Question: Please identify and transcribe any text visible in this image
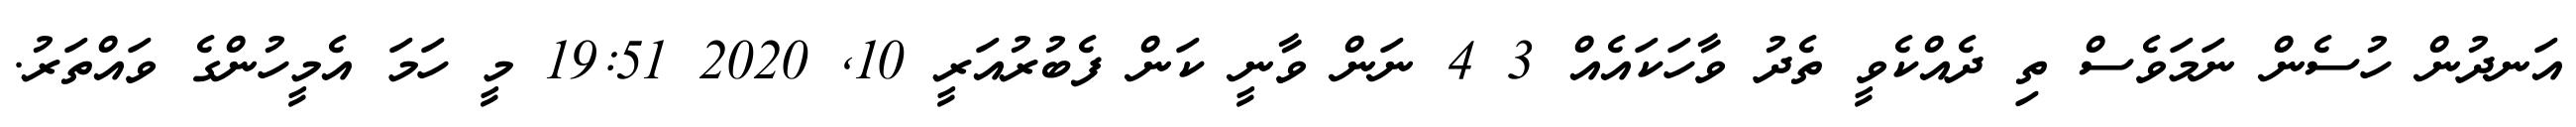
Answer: އަނދުން ހުސެން ނަމަވެސް ތި ދެއްކެވީ ތެދު ވާހަކައެއް 3 4 ނަން ވާނީ ކަން ފެބުރުއަރީ 10, 2020 19:51 މީ ހަމަ އެމީހުންގެ ވައްތަރު.